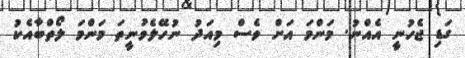
ގަޑި ޖެހުނީ އެއްނު. މަންމަ އަށް ވެސް މިއަދު ނުހޭލެވުނީތަ މަންމަ ލޯތްބާއެކު